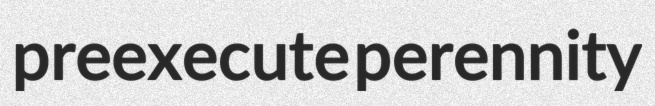
preexecute perennity